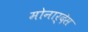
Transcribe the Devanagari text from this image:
मोनार्देस